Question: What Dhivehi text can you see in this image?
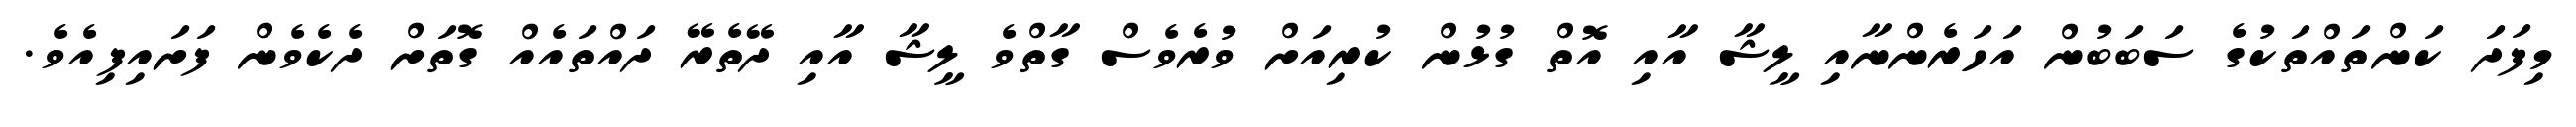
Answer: މިފަދަ ކަންތައްތަކުގެ ސަބަބުން އަހަރެންނާއި ލީޝާ އާއި އޮތް ގުޅުން ކުރިއަށް ވުރެވެސް ގާތްވެ ލީޝާ އާއި ދޭތެރޭ ދައްތައެއް ގޮތަށް ދެކެވެން ފަށައިފިއެވެ.